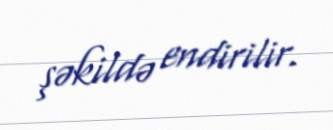
şəkildə endirilir.